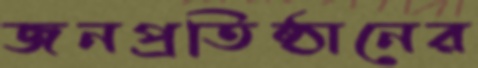
জনপ্রতিষ্ঠানের